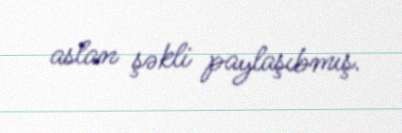
aslan şəkli paylaşıbmış.